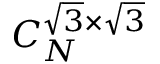
C _ { N } ^ { \sqrt { 3 } \times \sqrt { 3 } }